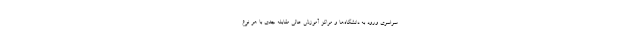
سراسری ورود به دانشگاه‌ها و مراکز آموزش عالی مقابله جدی با هر نوع